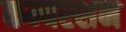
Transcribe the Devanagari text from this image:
कम्बस्शन